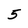
Character: 5